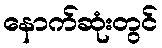
နောက်ဆုံးတွင်